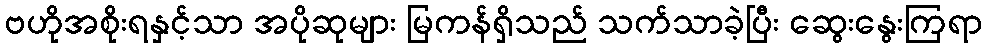
ဗဟိုအစိုးရနှင့်သာ အပိုဆုများ မြကန်ရှိသည် သက်သာခဲ့ပြီး ဆွေးနွေးကြရာ